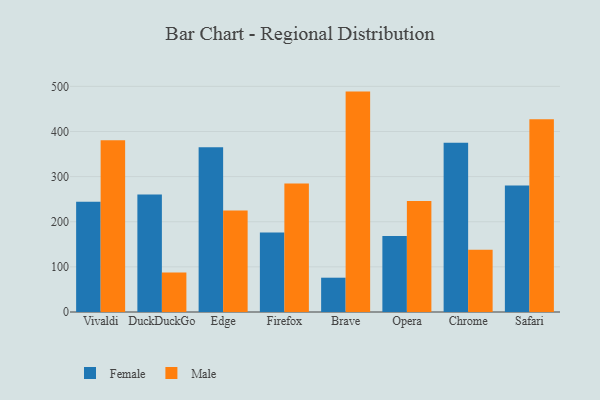
{"axis": {"x": "Browser", "y": "Demand Index"}, "legend": ["Female", "Male"], "data": [{"x": "Vivaldi", "y": 244.1, "type": "Female"}, {"x": "Vivaldi", "y": 380.4, "type": "Male"}, {"x": "DuckDuckGo", "y": 260.4, "type": "Female"}, {"x": "DuckDuckGo", "y": 87.4, "type": "Male"}, {"x": "Edge", "y": 365.0, "type": "Female"}, {"x": "Edge", "y": 225.1, "type": "Male"}, {"x": "Firefox", "y": 176.0, "type": "Female"}, {"x": "Firefox", "y": 284.8, "type": "Male"}, {"x": "Brave", "y": 76.0, "type": "Female"}, {"x": "Brave", "y": 488.4, "type": "Male"}, {"x": "Opera", "y": 168.2, "type": "Female"}, {"x": "Opera", "y": 246.0, "type": "Male"}, {"x": "Chrome", "y": 375.0, "type": "Female"}, {"x": "Chrome", "y": 138.0, "type": "Male"}, {"x": "Safari", "y": 280.4, "type": "Female"}, {"x": "Safari", "y": 426.9, "type": "Male"}]}